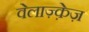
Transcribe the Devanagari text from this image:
वेलाज़्क़ेज़